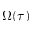
\Omega ( \tau )